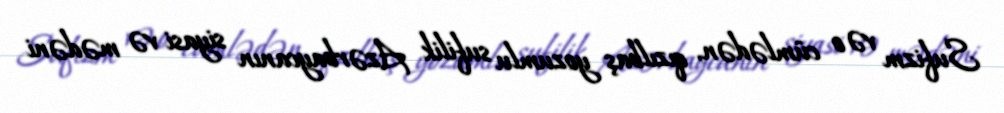
Sufizm və o cümlədən, qızılbaş yozumlu sufilik Azərbaycanın siyasi və mədəni